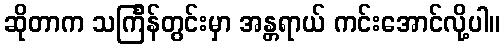
ဆိုတာက သင်္ကြန်တွင်းမှာ အန္တရာယ် ကင်းအောင်လို့ပါ။